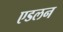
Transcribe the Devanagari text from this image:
एडलन